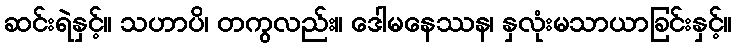
ဆင်းရဲနှင့်။ သဟာပိ၊ တကွလည်း။ ဒေါမနေဿန၊ နှလုံးမသာယာခြင်းနှင့်။